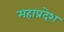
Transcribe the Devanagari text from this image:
महाप्रदेश